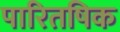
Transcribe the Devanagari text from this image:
पारितषिक